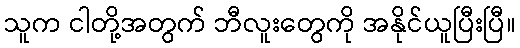
သူက ငါတို့အတွက် ဘီလူးတွေကို အနိုင်ယူပြီးပြီ။